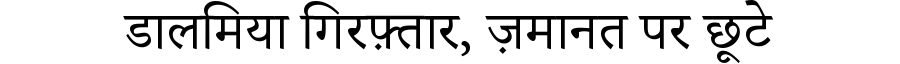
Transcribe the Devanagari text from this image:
डालमिया गिरफ़्तार, ज़मानत पर छूटे